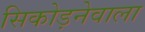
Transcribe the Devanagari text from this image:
सिकोड़नेवाला